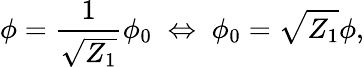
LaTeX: \phi=\frac{1}{\sqrt{Z_{1}}}\phi_{0}\; \Leftrightarrow\; \phi_{0}=\sqrt{Z_{1}}\phi,